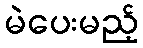
မဲပေးမည့်